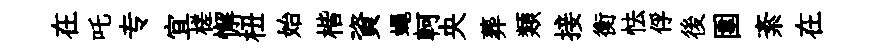
在吒专宜槎懈杻始楷資蠅軻央葬類接衡怯俘後圍紊在